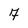
Character: 7